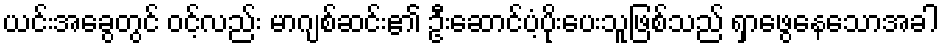
ယင်းအခွေတွင် ၀င့်လည်း မာဂျစ်ဆင်း၏ ဦးဆောင်ပံ့ပိုးပေးသူဖြစ်သည် ရှာဖွေနေသောအခါ